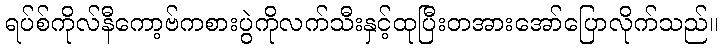
ရပ်စ်ကိုလ်နီကော့ဗ်ကစားပွဲကိုလက်သီးနှင့်ထုပြီးတအားအော်ပြောလိုက်သည်။